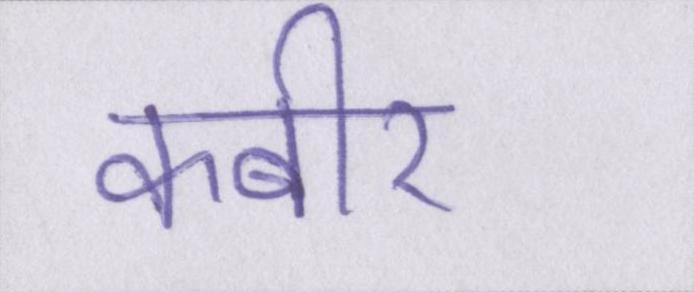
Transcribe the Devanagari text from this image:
कबीर